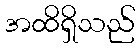
အထိရှိသည်